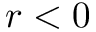
r < 0